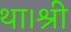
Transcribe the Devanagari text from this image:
था।श्री